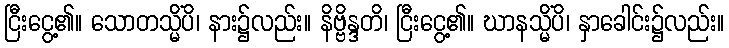
ငြီးငွေ့၏။ သောတသ္မိံပိ၊ နား၌လည်း။ နိဗ္ဗိန္ဒတိ၊ ငြီးငွေ့၏။ ဃာနသ္မိံပိ၊ နှာခေါင်း၌လည်း။